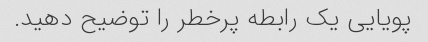
پویایی یک رابطه پرخطر را توضیح دهید.